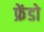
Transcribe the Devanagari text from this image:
फ्रेंडो